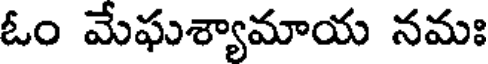
ఓం మేఘశ్యామాయ నమః